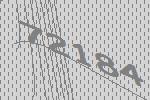
72184